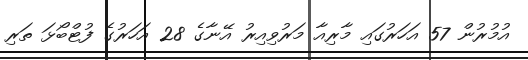
އުމުރުން 57 އަހަރުގައި މާރިއާ މަރުވިއިރު އޭނާގެ 28 އަހަރުގެ ފުޓްބޯޅަ ތަރި